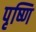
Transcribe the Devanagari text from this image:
पृष्णि